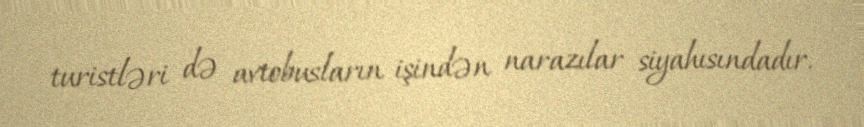
turistləri də avtobusların işindən narazılar siyahısındadır.